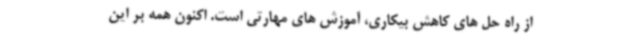
از راه حل های کاهش بیکاری، آموزش های مهارتی است. اکنون همه بر این